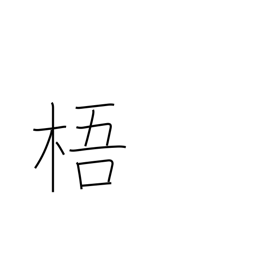
Meaning: Chinese parasol tree